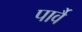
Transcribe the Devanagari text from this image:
पार्वै